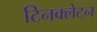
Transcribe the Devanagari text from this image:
टिनक्लेटन